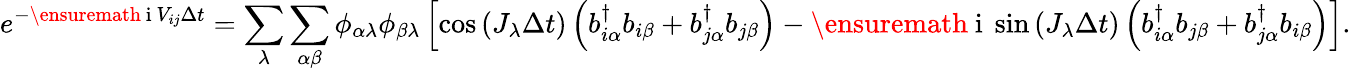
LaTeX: e^{-\ensuremath{\mathrm{~i~}}V_{ij}\Delta t}=\sum_{\lambda}\sum_{\alpha\beta}\phi_{\alpha\lambda}\phi_{\beta\lambda}\left[\cos\left(J_{\lambda}\Delta t\right)\left(b_{i\alpha}^{\dagger}b_{i\beta}+b_{j\alpha}^{\dagger}b_{j\beta}\right)-\ensuremath{\mathrm{~i~}}\sin\left(J_{\lambda}\Delta t\right)\left(b_{i\alpha}^{\dagger}b_{j\beta}+b_{j\alpha}^{\dagger}b_{i\beta}\right)\right].